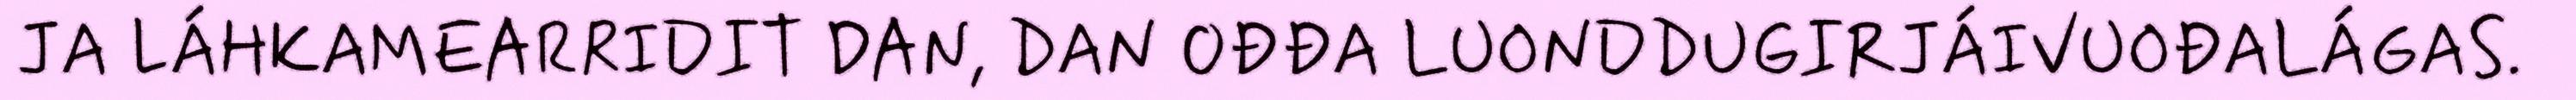
JA LÁHKAMEARRIDIT DAN, DAN OĐĐA LUONDDUGIRJÁIVUOĐALÁGAS.